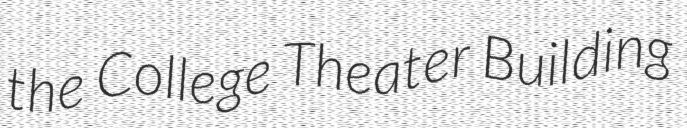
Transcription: the College Theater Building